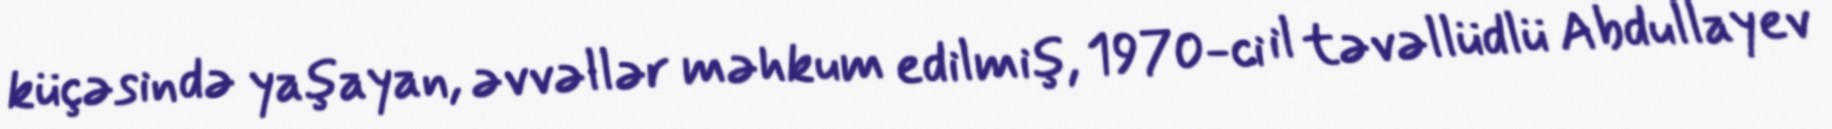
küçəsində yaşayan, əvvəllər məhkum edilmiş, 1970-ci il təvəllüdlü Abdullayev